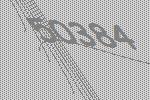
50384